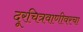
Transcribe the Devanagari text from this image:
दूरचित्रवाणीवरचा